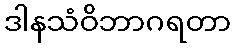
ဒါနသံဝိဘာဂရတာ